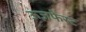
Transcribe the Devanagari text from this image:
ऊज़फेस्ट